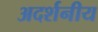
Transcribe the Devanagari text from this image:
अदर्शनीय